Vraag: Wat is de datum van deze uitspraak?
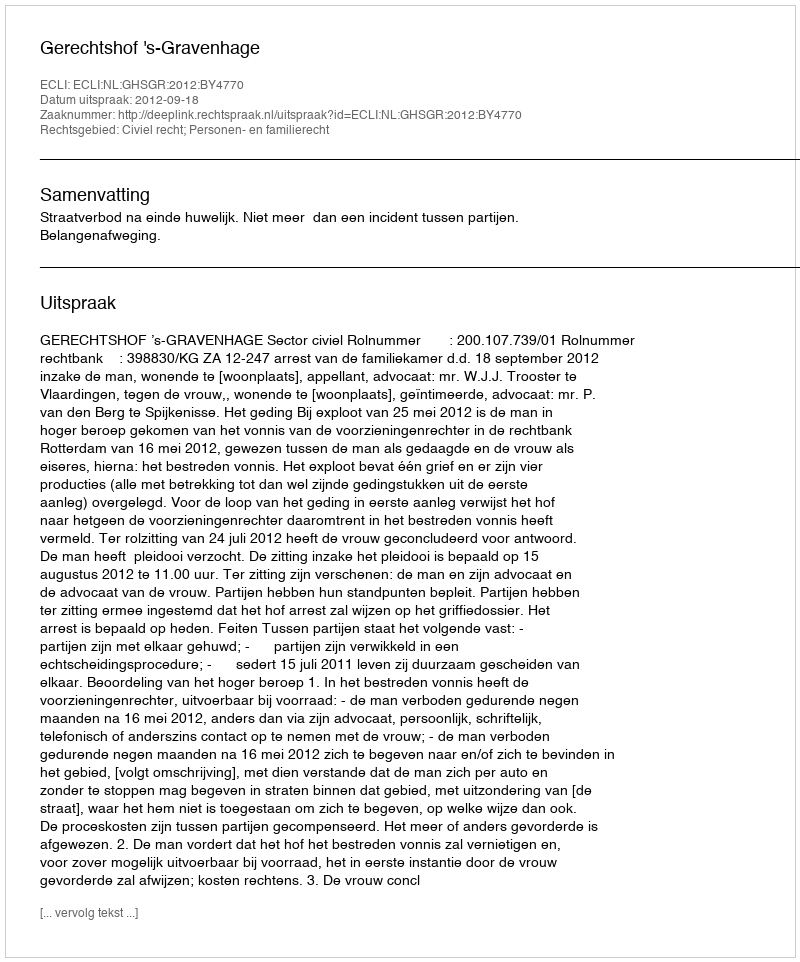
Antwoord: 2012-09-18